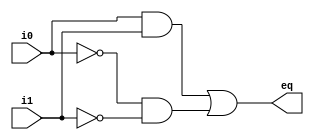
`timescale 1ns / 1ps
module bit_one_cmp(
	input wire i0,i1,
	output wire eq
	);
	wire p1,p2;
	assign eq = p1 | p2;
	assign p1=i0 & i1;
	assign p2= ~i0 & ~i1;
endmodule


module bit_two_cmp(
	input [1:0] A,B,
	output wire eq2
	);
	wire e1,e2;
	bit_one_cmp for_first(.i0(A[1]),.i1(B[1]),.eq(e1));
	bit_one_cmp for_sec(.i0(A[0]),.i1(B[0]),.eq(e2));
	assign eq2 = e1 & e2;

endmodule